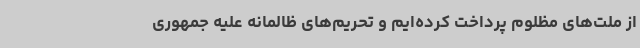
از ملت‌های مظلوم پرداخت کرده‌ایم و تحریم‌های ظالمانه علیه جمهوری